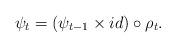
LaTeX: \begin{align*}\psi_t=(\psi_{t-1}\times id)\circ\rho_t.\end{align*}